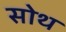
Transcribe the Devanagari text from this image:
सोथ